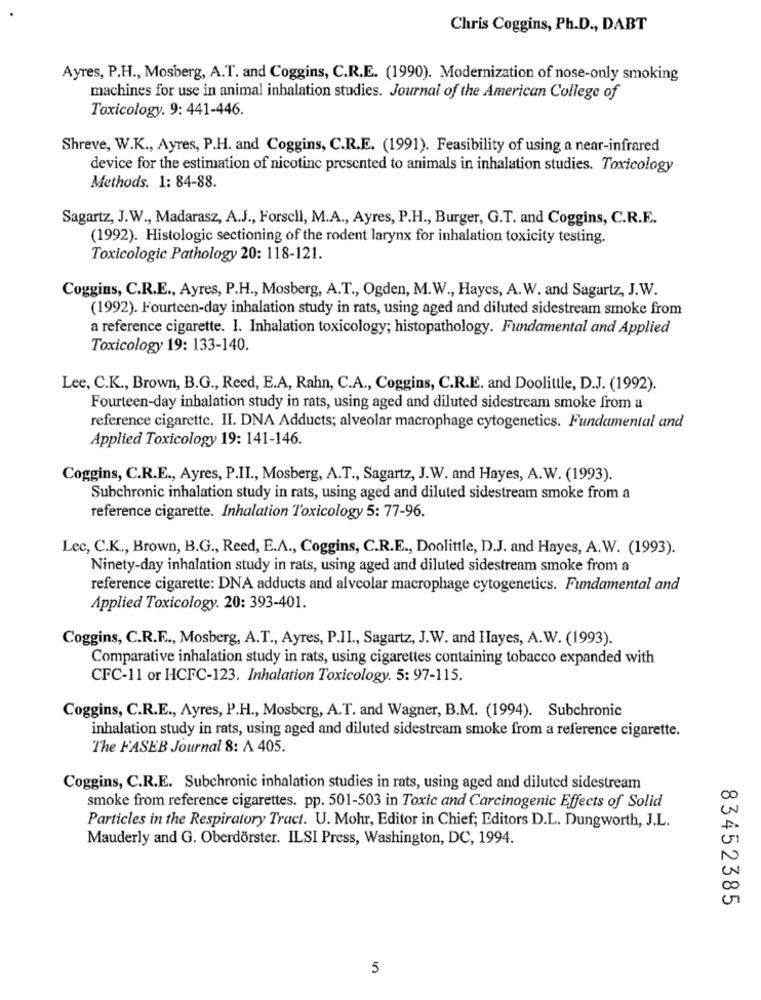
Chris Coggins, Ph.D ., DABT
Ayres, P.H ., Mosberg, A.T. and Coggins, C.R.E. (1990). Modernization of nose-only smoking
machines for use in animal inhalation studies. Journal of the American College of
Toxicology. 9: 441-446.
Shreve, W.K ., Ayres, P.H. and Coggins, C.R.E. (1991). Feasibility of using a near-infrared
device for the estimation of nicotinc presented to animals in inhalation studies. Toxicology
Methods. 1: 84-88.
Sagartz, J.W ., Madarasz, A.J ., Forscil, M.A ., Ayres, P.H ., Burger, G.T. and Coggins, C.R.E.
(1992). Histologic sectioning of the rodent larynx for inhalation toxicity testing.
Toxicologic Pathology 20: 118-121.
Coggins, C.R.E ., Ayres, P.H ., Mosberg, A.T ., Ogden, M.W ., Haycs, A. W. and Sagartz, J.W.
(1992). Fourteen-day inhalation study in rats, using aged and diluted sidestream smoke from
a reference cigarette. I. Inhalation toxicology; histopathology. Fundamental and Applied
Toxicology 19: 133-140.
Lee, C.K ., Brown, B.G ., Reed, E.A, Rahn, C.A ., Coggins, C.R.E. and Doolittle, D.J. (1992).
Fourteen-day inhalation study in rats, using aged and diluted sidestream smoke from a
reference cigarette. II. DNA Adducts; alveolar macrophage cytogenetics. Fundamental and
Applied Toxicology 19: 141-146.
Coggins, C.R.E ., Ayres, P.II ., Mosberg, A.T ., Sagartz, J.W. and Hayes, A.W. (1993).
Subchronic inhalation study in rats, using aged and diluted sidestream smoke from a
reference cigarette. Inhalation Toxicology 5: 77-96.
Lec, C.K ., Brown, B.G ., Reed, E.A ., Coggins, C.R.E ., Doolittle, D.J. and Hayes, A.W. (1993).
Ninety-day inhalation study in rats, using aged and diluted sidestream smoke from a
reference cigarette: DNA adducts and alveolar macrophage cytogenetics. Fundamental and
Applied Toxicology. 20: 393-401.
Coggins, C.R.E ., Mosberg, A.T ., Ayres, P.II ., Sagartz, J.W. and Hayes, A.W. (1993).
Comparative inhalation study in rats, using cigarettes containing tobacco expanded with
CFC-11 or HCFC-123. Inhalation Toxicology. 5: 97-115.
Coggins, C.R.E ., Ayres, P.H ., Mosberg, A.T. and Wagner, B.M. (1994). Subchronic
inhalation study in rats, using aged and diluted sidestream smoke from a reference cigarette.
The FASEB Journal 8: A 405.
Coggins, C.R.E. Subchronic inhalation studies in rats, using aged and diluted sidestream
smoke from reference cigarettes. pp. 501-503 in Toxic and Carcinogenic Effects of Solid
Particles in the Respiratory Tract. U. Mohr, Editor in Chief; Editors D.L. Dungworth, J.L.
Mauderly and G. Oberdörster. ILSI Press, Washington, DC, 1994.
83452385
5